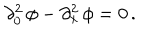
\partial _ { 0 } ^ { 2 } \, \phi - \partial _ { x } ^ { 2 } \, \phi = 0 \, .